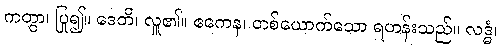
ကတွာ၊ ပြု၍။ ဒေတိ၊ လှူ၏။ ဧကေန၊ တစ်ယောက်သော ရဟန်းသည်။ လဒ္ဓံ၊